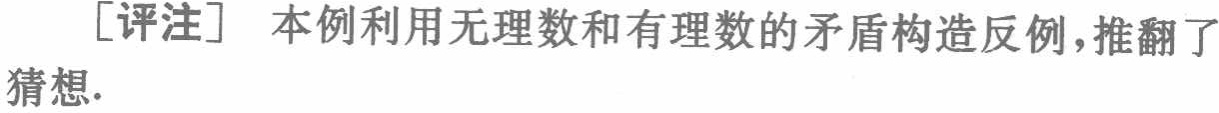
[评注] 本例利用无理数和有理数的矛盾构造反例，推翻了猜想.